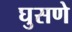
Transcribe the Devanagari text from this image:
घुसणे